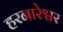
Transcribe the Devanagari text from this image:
हरनारेश्वर